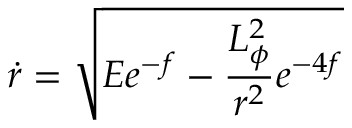
\dot { r } = \sqrt { E e ^ { - f } - \frac { L _ { \phi } ^ { 2 } } { r ^ { 2 } } e ^ { - 4 f } }